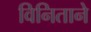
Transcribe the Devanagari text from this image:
विनिताने